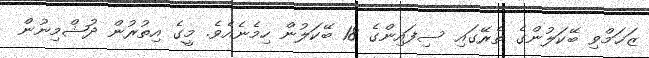
ޒަޚަމްވި ބޭކަލުންގެ ތެރޭގައި ސިފައިންގެ 18 ބޭކަލުން ހިމެނެއެވެ. މީގެ އިތުރުން ދުޝްމިނުން